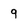
Character: 9